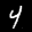
Label: 4